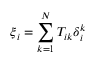
\boldsymbol { \xi } _ { i } = \sum _ { k = 1 } ^ { N } T _ { i k } { \boldsymbol { \delta } } _ { i } ^ { k }